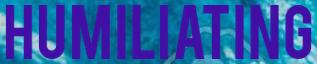
HUMILIATING